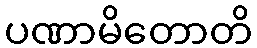
ပဏာမိတောတိ